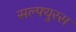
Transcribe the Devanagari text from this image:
सल्फ्युरस